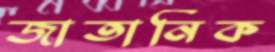
জাতানিক